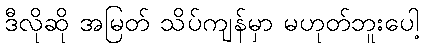
ဒီလိုဆို အမြတ် သိပ်ကျန်မှာ မဟုတ်ဘူးပေါ့